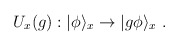
\begin{align*}U_x(g):|\phi\rangle_x\to |g\phi\rangle_x~.\end{align*}